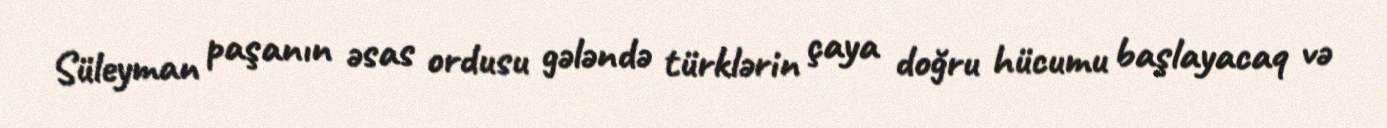
Süleyman paşanın əsas ordusu gələndə türklərin çaya doğru hücumu başlayacaq və